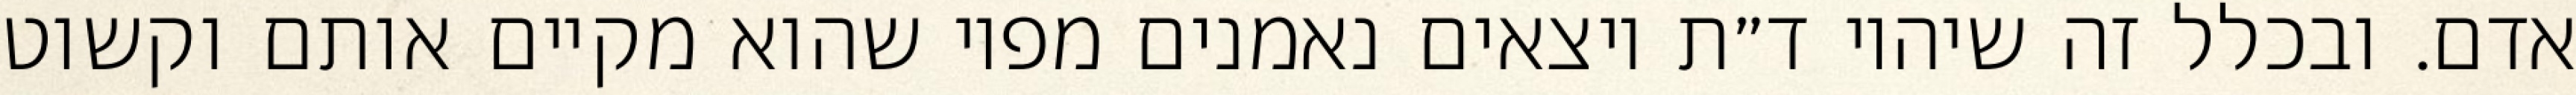
אדם. ובכלל זה שיהיו ד״ת יוצאים נאמנים מפיו שהוא מקיים אותם וקשוט